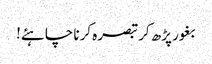
بغور پڑھ کر تبصرہ کرنا چاہئے!